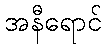
အနီရောင်